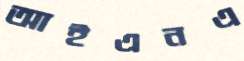
আইএনএ